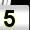
Digit: 5